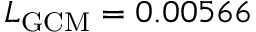
L _ { \mathrm { G C M } } = 0 . 0 0 5 6 6